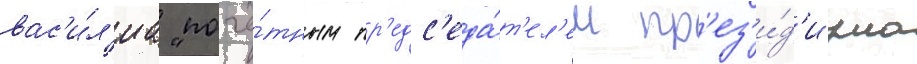
вас'и́л'иа "почё́тным пр'едс'еда́т'ел'ем пр'ез'и́д'иума